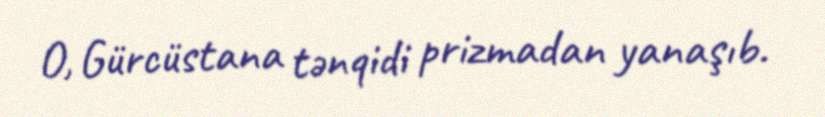
O, Gürcüstana tənqidi prizmadan yanaşıb.